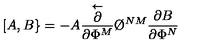
[ A , B \} = - A { \frac { \stackrel { \leftarrow } { \partial } } { \partial \Phi ^ { M } } } \O ^ { N M } { \frac { \partial B } { \partial \Phi ^ { N } } }